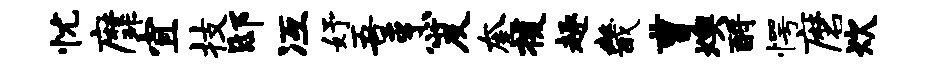
忧縻宜技邸冱妤吾烹笈奎援趣畿曹燠酹愕磨炊